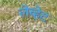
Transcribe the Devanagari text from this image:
लेव्हेट